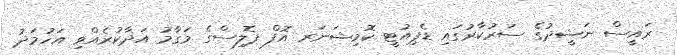
ރައީސް ނަޝީދުގެ ސަރުކާރުގައި ޑެޕިއުޓީ ކޮމިޝަނަރ އޮފް ޕޮލިސްގެ މަގާމު އަދާކުރެއްވި އަހުމަދު